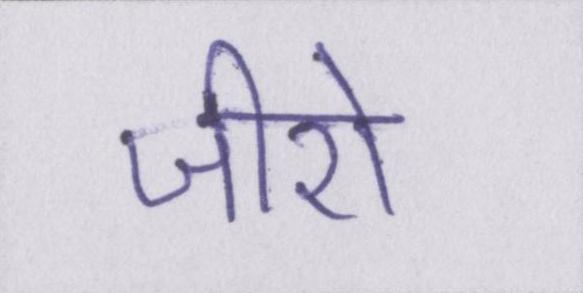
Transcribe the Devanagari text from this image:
जीरो